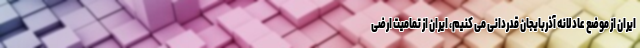
ایران از موضع عادلانه آذربایجان قدردانی می کنیم، ایران از تمامیت ارضی